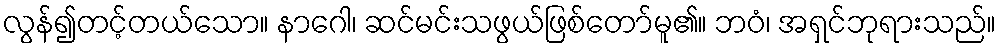
လွန်၍တင့်တယ်သော။ နာဂေါ၊ ဆင်မင်းသဖွယ်ဖြစ်တော်မူ၏။ ဘဝံ၊ အရှင်ဘုရားသည်။